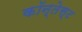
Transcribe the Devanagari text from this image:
कॉन्तेस्ट